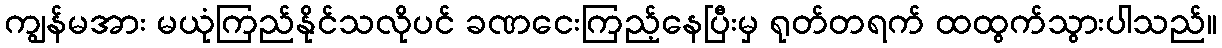
ကျွန်မအား မယုံကြည်နိုင်သလိုပင် ခဏငေးကြည့်နေပြီးမှ ရုတ်တရက် ထထွက်သွားပါသည်။